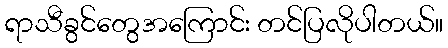
ရာသီခွင်တွေအကြောင်း တင်ပြလိုပါတယ်။